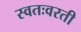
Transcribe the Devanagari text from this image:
स्वतःवरती